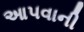
આ૫વાની